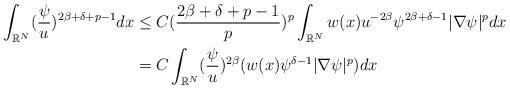
LaTeX: \begin{align*}\int_{\mathbb{R}^N}(\frac{\psi}{u})^{2\beta+\delta+p-1}dx&\leq C(\frac{2\beta+\delta+p-1}{p})^p\int_{\mathbb{R}^N}w(x)u^{-2\beta}\psi^{2\beta+\delta-1}|\nabla\psi|^p dx\\&=C\int_{\mathbb{R}^N}(\frac{\psi}{u})^{2\beta}(w(x)\psi^{\delta-1}|\nabla\psi|^p) dx\end{align*}